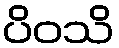
ပိဝသိ